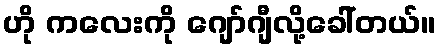
ဟို ကလေးကို ဂျော်ဂျီလို့ခေါ်တယ်။